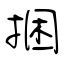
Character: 捆